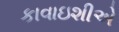
કાવાઇશીએ